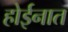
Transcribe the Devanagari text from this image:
होईनात